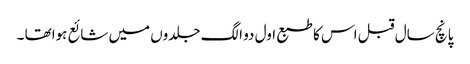
پانچ سال قبل اس کا طبع اول دو الگ جلدوں میں شائع ہواتھا ۔